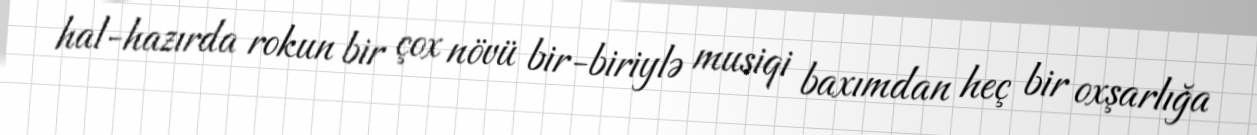
hal-hazırda rokun bir çox növü bir-biriylə musiqi baxımdan heç bir oxşarlığa